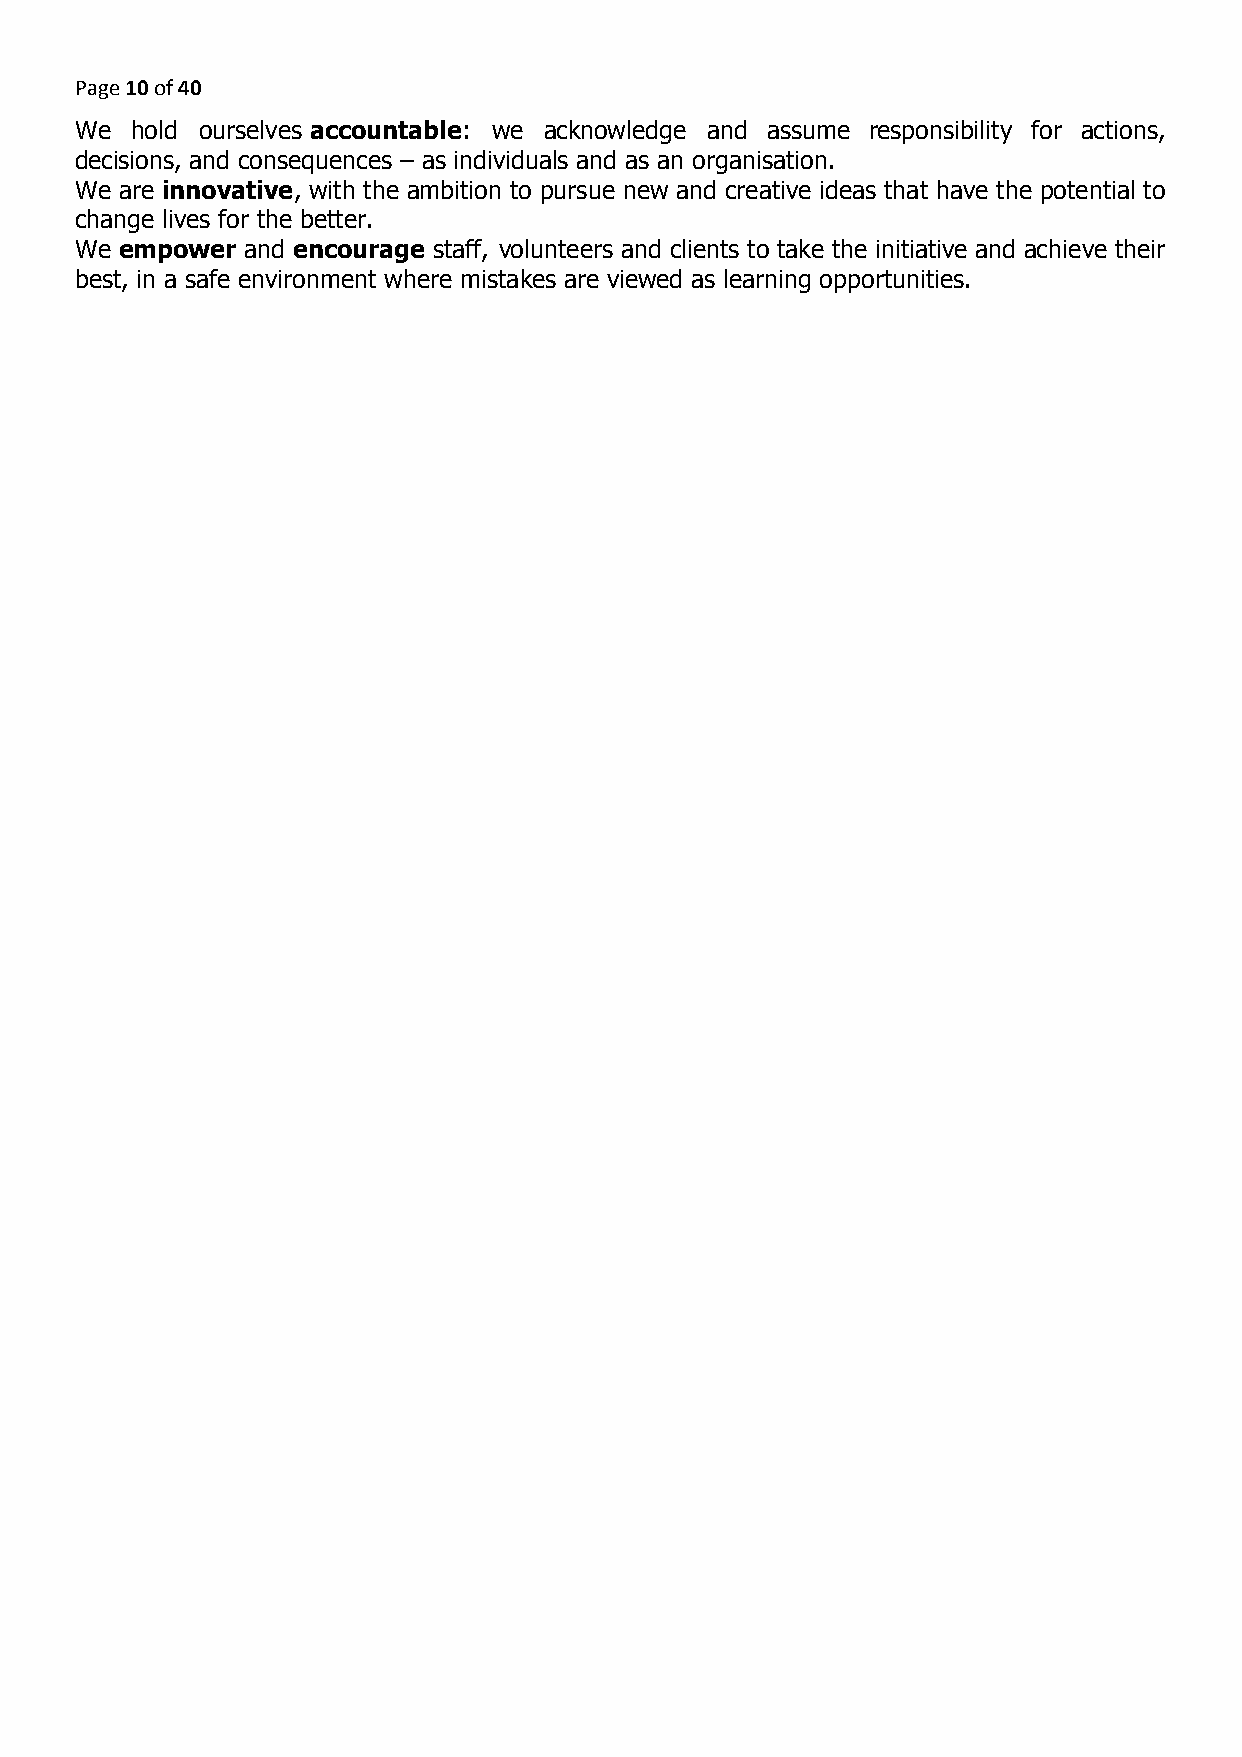
Page 10 of 40
 ​​
 We  hold ourselves ​accountable:​ we acknowledge and assume responsibility for actions,
 decisions, and consequences – as individuals and as an organisation.
 We are i​ nnovative,​ with the ambition to pursue new and creative ideas that have the potential to
 change lives for the better.
 We ​empower​ and ​encourage ​ staff, volunteers and clients to take the initiative and achieve their
 best, in a safe environment where mistakes are viewed as learning opportunities.